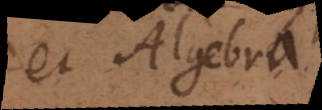
et Algebra.